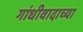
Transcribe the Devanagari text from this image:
गांधीवादाच्या